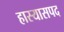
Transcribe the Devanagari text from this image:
हास्यासपद